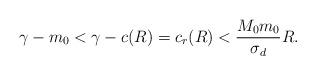
LaTeX: \begin{align*}\gamma-m_{0} < \gamma-c(R)=c_{r}(R)< \frac{M_{0}m_{0}}{\sigma_{d}}R.\end{align*}